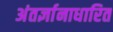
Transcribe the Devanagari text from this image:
अंतर्ज्ञानाधारित